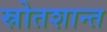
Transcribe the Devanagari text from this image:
स्रोतशान्त